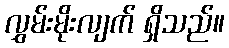
လွှမ်းမိုးလျက် ရှိသည်။